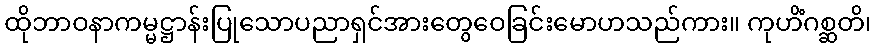
ထိုဘာဝနာကမ္မဋ္ဌာန်းပြုသောပညာရှင်အားတွေဝေခြင်းမောဟသည်ကား။ ကုဟိံဂစ္ဆတိ၊